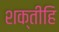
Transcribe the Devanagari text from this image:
शक्तीहि